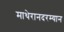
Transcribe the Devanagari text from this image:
माथेरानदरम्यान